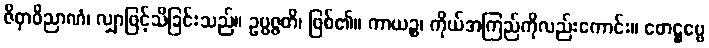
ဇိဝှာဝိညာဏံ၊ လျှာဖြင့်သိခြင်းသည်။ ဥပ္ပဇ္ဇတိ၊ ဖြစ်၏။ ကာယဉ္စ၊ ကိုယ်အကြည်ကိုလည်းကောင်း။ ဖောဋ္ဌဗ္ဗေ